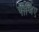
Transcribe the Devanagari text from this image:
पीजिए